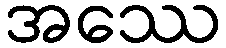
အဿေ